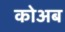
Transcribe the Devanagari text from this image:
कोअब